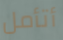
أتأمل